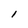
Character: 1